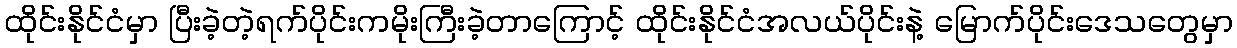
ထိုင်းနိုင်ငံမှာ ပြီးခဲ့တဲ့ရက်ပိုင်းကမိုးကြီးခဲ့တာကြောင့် ထိုင်းနိုင်ငံအလယ်ပိုင်းနဲ့ မြောက်ပိုင်းဒေသတွေမှာ